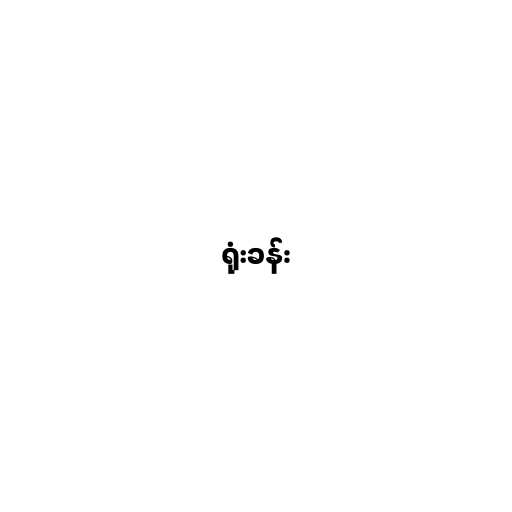
ရုံးခန်း